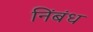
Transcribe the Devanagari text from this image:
निंबंध